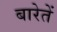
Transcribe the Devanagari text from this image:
बारेतें